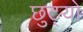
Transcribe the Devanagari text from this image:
छुट्यो